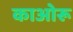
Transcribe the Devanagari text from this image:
काओरू